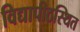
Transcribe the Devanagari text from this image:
विद्यापीठस्थित